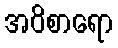
အဝိစာရော